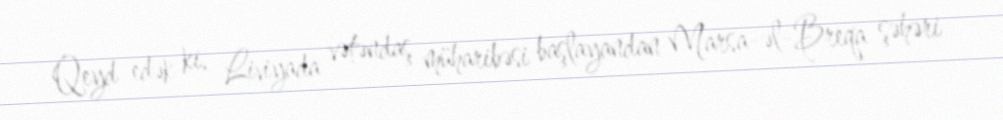
Qeyd edək ki, Liviyada vətəndaş müharibəsi başlayandan Marsa-əl-Breqa şəhəri